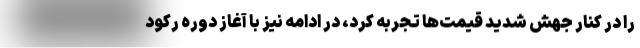
را در کنار جهش شدید قیمت‌ها تجربه کرد، در ادامه نیز با آغاز دوره رکود